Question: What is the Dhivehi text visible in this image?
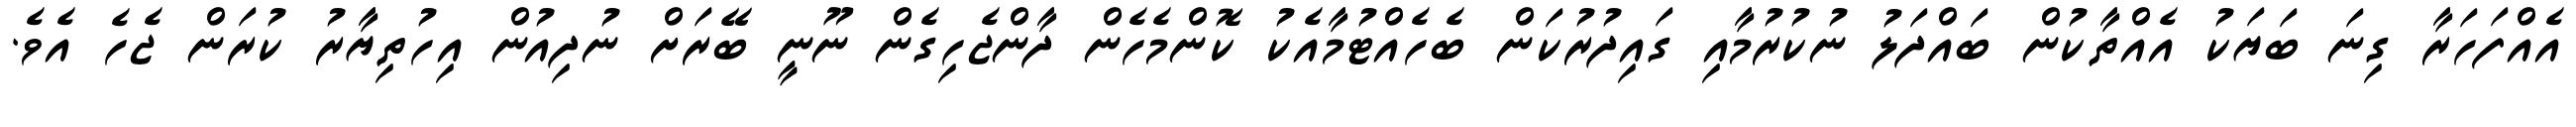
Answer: އެއްފަހަރާ ގިނަ ބަޔަކު އެއްތާކުން ބައްދަލު ނުކުރުމާއި ގައިދުރުކަން ބެހެއްޓުމާއެކު ކޮންމެހެން ދާންޖެހިގެން ނޫނީ ބޭރަށް ނުދިއުން އިހުތިޔާރު ކުރަން ޖެހެ އެވެ.